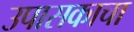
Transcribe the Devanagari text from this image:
उपासकाचा